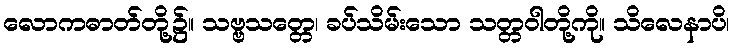
လောကဓာတ်တို့၌။ သဗ္ဗသတ္တေ၊ ခပ်သိမ်းသော သတ္တဝါတို့ကို။ သိလေနာပိ၊